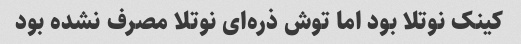
کینک نوتلا بود اما توش ذره‌ای نوتلا مصرف نشده بود